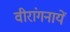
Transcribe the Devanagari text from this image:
वीरांगनायें